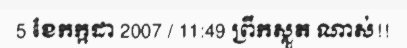
5 ខែកក្កដា 2007 / 11:49 ព្រឹកស្លួត ណាស់!!